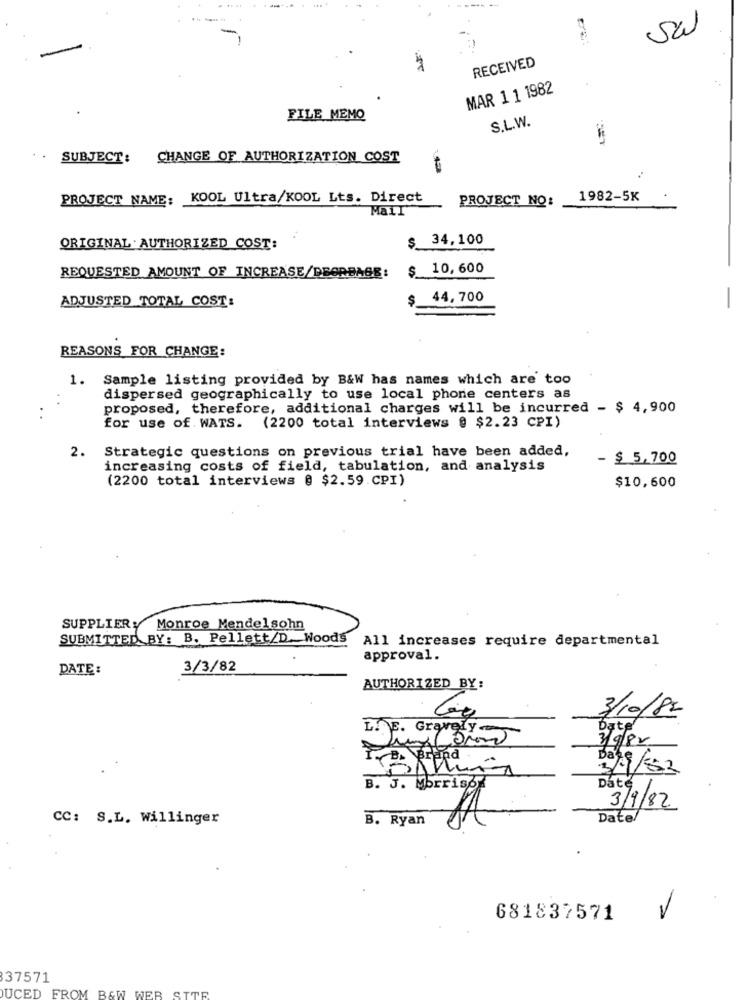
Sal
RECEIVED
MAR 1 1 1982
FILE MEMO
S.L.W.
.. SUBJECT: CHANGE OF AUTHORIZATION COST
PROJECT NAME: KOOL Ultra/KOOL Lts. Direct
PROJECT NO:
1982-5K
Mail
$ 34,100
ORIGINAL. AUTHORIZED COST:
$ 10, 600
REQUESTED AMOUNT OF INCREASE/DECREASE:
ADJUSTED TOTAL COST:
$ 44,700
-
REASONS FOR CHANGE:
1.
Sample listing provided by B&W has names which are too
. .
dispersed geographically to use local phone centers as
proposed, therefore, additional charges will be incurred - $ 4,900
. .
for use of. WATS. (2200 total interviews @ $2.23 CPI)
2.
Strategic questions on previous trial have been added,
- $ 5,700
increasing costs of field, tabulation, and analysis
(2200 total interviews @ $2.59.CPI)
$10,600
SUPPLIER: Monroe Mendelsohn
SUBMITTED BY: B. Pellett/D. Woods
All increases require departmental
approval.
DATE:
3/3/82
AUTHORIZED BY:
3/10/82
Bate
LIFE. Gravely
3/9/82
3/1/82
B. J. Morrisps
Date
3/9/82
CC: S.L. Willinger
B. Ryan
Date/
681837571
37571
DUCED FROM B&W WEB SITE